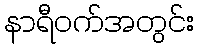
နာရီဝက်အတွင်း